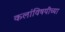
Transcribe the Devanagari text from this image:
कलांविषयींच्या